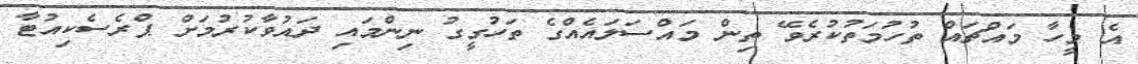
އެ މީހާ މައްޗައް ތުހުމަތުކުރެވޭ ތިން މައްސަލައެއްގެ ތަހުގީގު ނިންމައި ދައުވާކުރުމަށް ޕްރެސެކިއުޓާ